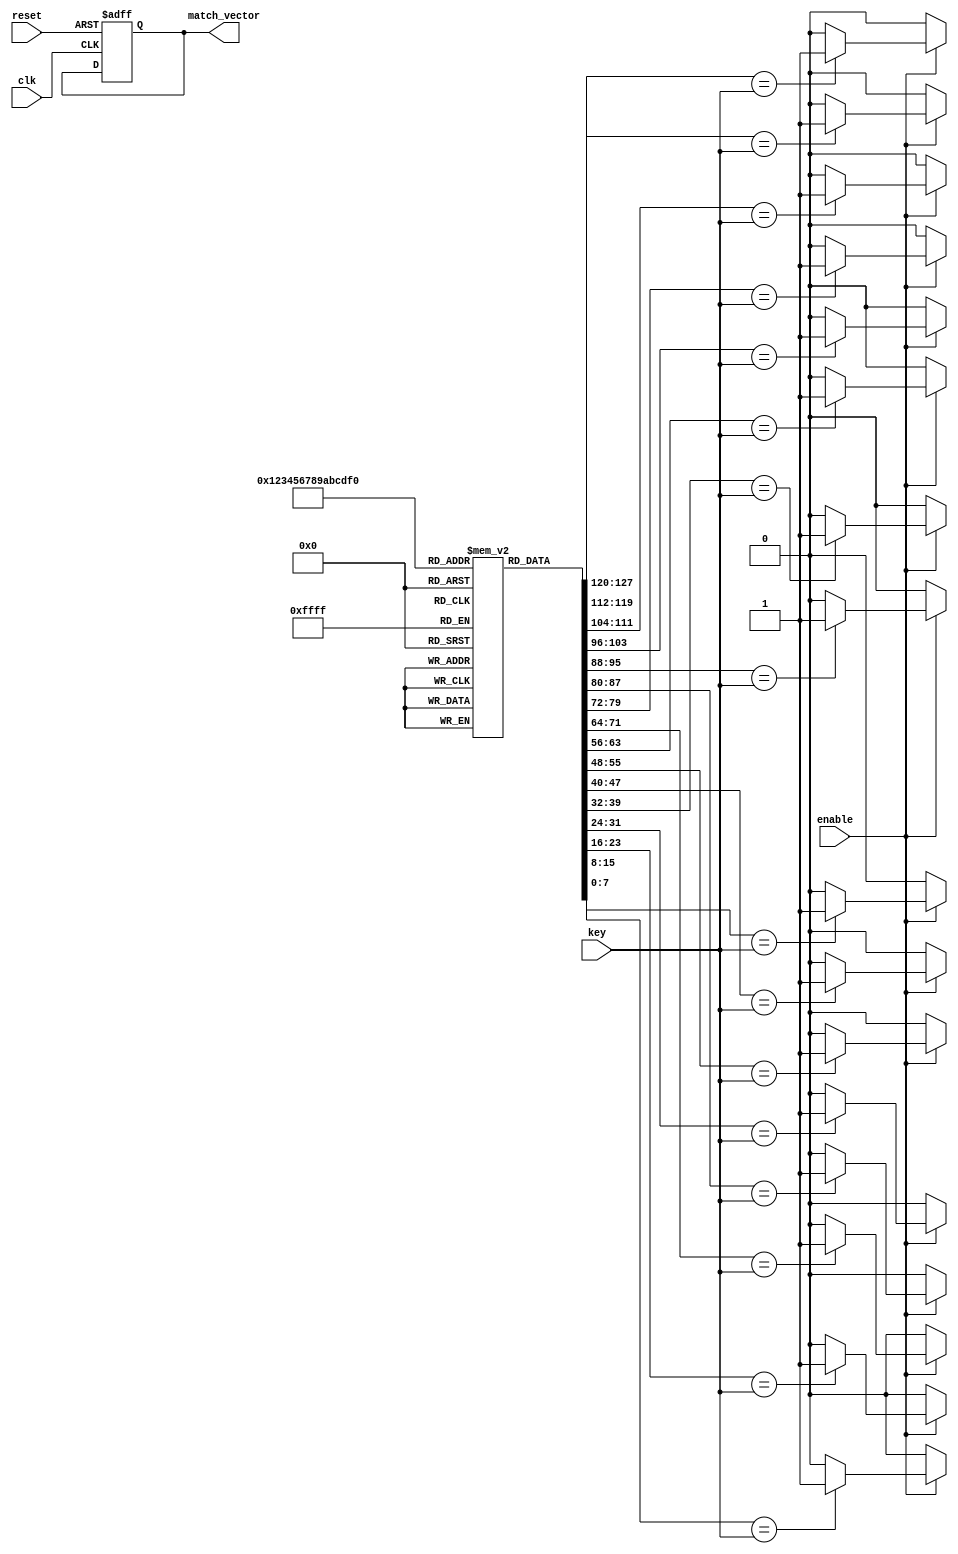
module Multimatch_CAM #(
    parameter DEPTH = 16,        // Number of entries in the CAM
    parameter WIDTH = 8          // Width of each entry (number of bits)
) (
    input wire clk,              // Clock signal
    input wire reset,            // Reset signal
    input wire enable,           // Enable search operation
    input wire [WIDTH-1:0] key,  // Input key to search for
    output reg [DEPTH-1:0] match_vector // Match vector output
);

    // Memory array to store the keys
    reg [WIDTH-1:0] memory [0:DEPTH-1];

    integer i;

    // Initialize memory with some values (for simulation purposes)
    initial begin
        for (i = 0; i < DEPTH; i = i + 1) begin
            memory[i] = i; // Example initialization (you can modify as needed)
        end
    end

    // Combinatorial logic to perform matching
    always @* begin
        match_vector = 0; // Reset match vector
        if (enable) begin
            for (i = 0; i < DEPTH; i = i + 1) begin
                if (memory[i] == key) begin
                    match_vector[i] = 1; // Set the bit in match vector if a match is found
                end
            end
        end
    end

    // Control logic for reset
    always @(posedge clk or posedge reset) begin
        if (reset) begin
            match_vector <= 0; // Clear match vector on reset
        end
    end

endmodule